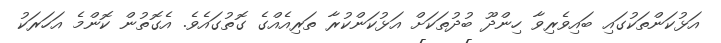
އަޅުކަންތަކުގައި ބައިވެރިވާ ހިންދޫ ބުދުތަކަށް އަޅުކަންކުރާ ތަރިއެއްގެ ގޮތުގައެވެ. އެގޮތުން ކޮންމެ އަހަރަކު